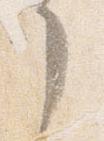
了